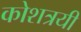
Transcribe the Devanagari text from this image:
कोशत्रयी